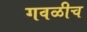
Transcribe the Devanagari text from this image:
गवळीच